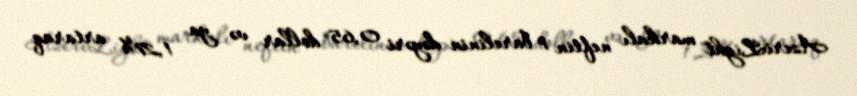
AzeriLight" markalı neftin 1 barelinin dəyəri 0,65 dollar və ya 1,27% artaraq